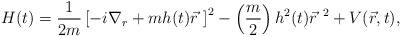
\begin{align*}H(t) = \frac{1}{2 m} \left[ - i {\nabla}_r + m h(t) \vec r \ \right]^2 - \left( \frac{m}{2} \right) h^2(t) {\vec r}^{\ 2} + V( \vec r, t ),\end{align*}